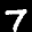
Label: 7